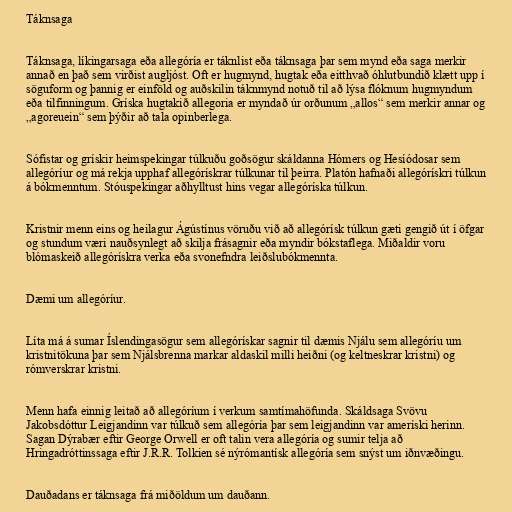
Táknsaga

Táknsaga, líkingarsaga eða allegóría er táknlist eða táknsaga þar sem mynd eða saga merkir
annað en það sem virðist augljóst. Oft er hugmynd, hugtak eða eitthvað óhlutbundið klætt upp í
söguform og þannig er einföld og auðskilin táknmynd notuð til að lýsa flóknum hugmyndum
eða tilfinningum. Gríska hugtakið allegoria er myndað úr orðunum „allos“ sem merkir annar og
„agoreuein“ sem þýðir að tala opinberlega.

Sófistar og grískir heimspekingar túlkuðu goðsögur skáldanna Hómers og Hesíódosar sem
allegóríur og má rekja upphaf allegórískrar túlkunar til þeirra. Platón hafnaði allegórískri túlkun
á bókmenntum. Stóuspekingar aðhylltust hins vegar allegóríska túlkun.

Kristnir menn eins og heilagur Ágústínus vöruðu við að allegórísk túlkun gæti gengið út í öfgar
og stundum væri nauðsynlegt að skilja frásagnir eða myndir bókstaflega. Miðaldir voru
blómaskeið allegórískra verka eða svonefndra leiðslubókmennta.

Dæmi um allegóríur.

Líta má á sumar Íslendingasögur sem allegórískar sagnir til dæmis Njálu sem allegóríu um
kristnitökuna þar sem Njálsbrenna markar aldaskil milli heiðni (og keltneskrar kristni) og
rómverskrar kristni.

Menn hafa einnig leitað að allegóríum í verkum samtímahöfunda. Skáldsaga Svövu
Jakobsdóttur Leigjandinn var túlkuð sem allegóría þar sem leigjandinn var ameríski herinn.
Sagan Dýrabær eftir George Orwell er oft talin vera allegóría og sumir telja að
Hringadróttinssaga eftir J.R.R. Tolkien sé nýrómantísk allegóría sem snýst um iðnvæðingu.

Dauðadans er táknsaga frá miðöldum um dauðann.